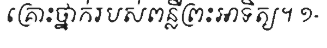
គ្រោះថ្នាក់របស់ពន្លឺព្រះអាទិត្យ។ ១-